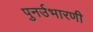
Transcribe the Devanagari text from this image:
पुनर्उभारणी